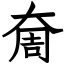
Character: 奝